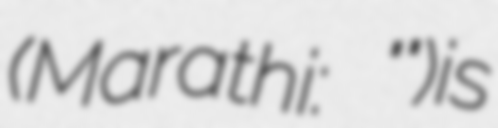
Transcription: (Marathi: "फुगे")is